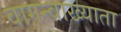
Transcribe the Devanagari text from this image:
वागन्वाख्याता